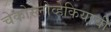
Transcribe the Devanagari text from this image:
चेकोस्लोव्हेकियाची